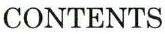
CONTENTS